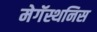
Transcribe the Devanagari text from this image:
मेगॅस्थनिस